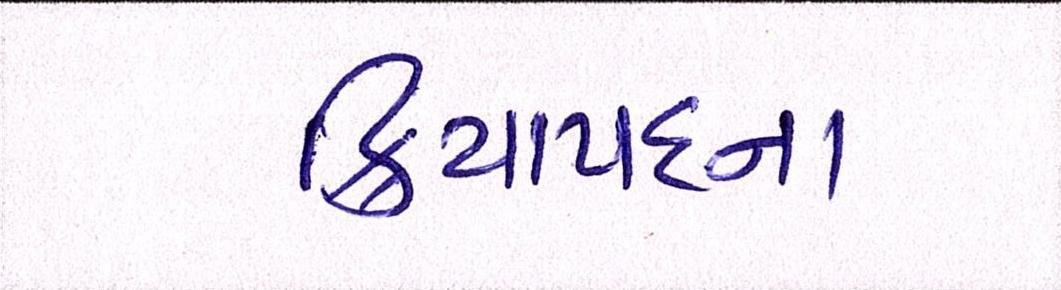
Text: ક્રિયાપદના